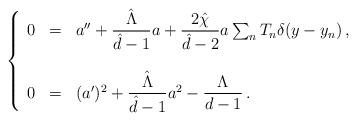
LaTeX: \begin{align*}\left\{\begin{array}{rcl}0 &=& a^{\prime\prime}+{\displaystyle\frac{\hat{\Lambda}}{\hat{d}-1}}a+{\displaystyle\frac{2\hat{\chi}}{\hat{d}-2}}a\sum_{n} T_{n}\delta(y-y_{n})\, ,\\& & \\0 &=& (a^{\prime})^2+{\displaystyle\frac{\hat{\Lambda}}{\hat{d}-1}}a^2-{\displaystyle\frac{\Lambda}{d-1}}\, .\\\end{array}\right.\end{align*}